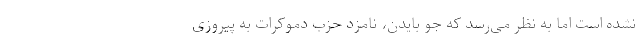
نشده است اما به نظر می‌رسد که جو بایدن، نامزد حزب دموکرات به پیروزی